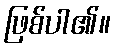
ဖြစ်ပါ၏။